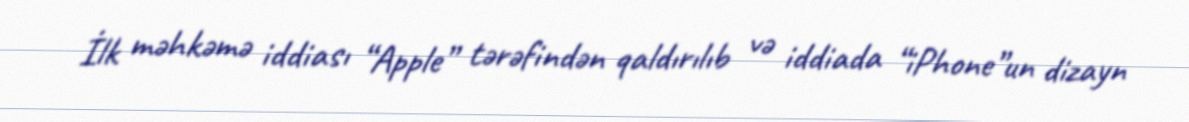
İlk məhkəmə iddiası “Apple” tərəfindən qaldırılıb və iddiada “iPhone”un dizayn